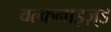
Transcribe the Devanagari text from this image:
वल्कनाइज़्ड